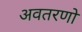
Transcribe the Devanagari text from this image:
अवतरणो